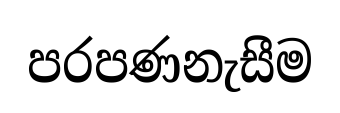
පරපණනැසීම